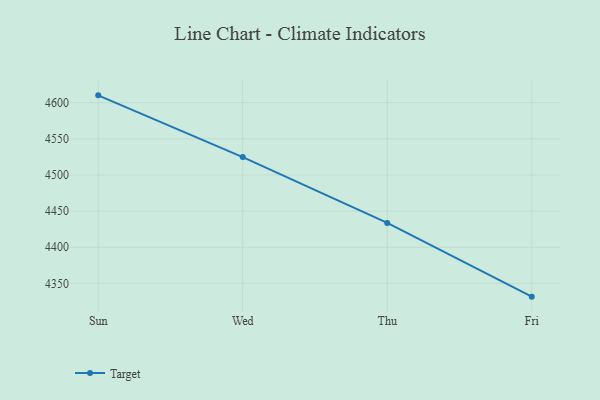
{"axis": {"x": "Day", "y": "Budget (USD K)"}, "legend": ["Target"], "data": [{"x": "Sun", "y": 4610.1, "type": "Target"}, {"x": "Wed", "y": 4524.7, "type": "Target"}, {"x": "Thu", "y": 4433.7, "type": "Target"}, {"x": "Fri", "y": 4331.7, "type": "Target"}]}